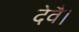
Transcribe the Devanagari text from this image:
देवै।